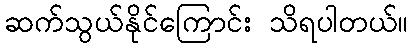
ဆက်သွယ်နိုင်ကြောင်း သိရပါတယ်။